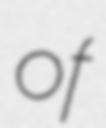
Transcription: of